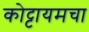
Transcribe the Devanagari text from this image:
कोट्टायमचा